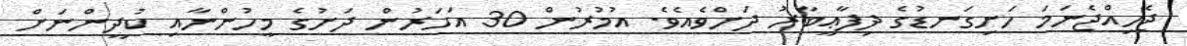
ޖެހިއްޖެނަމަ ހަށިގަނޑުގެ ދިފާޢީބާރު ދަށްވެއެވެ. އުމުރުން 30 އަހަރުން ދަށުގެ މީހުންނާއި ކުދީންނަށް